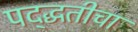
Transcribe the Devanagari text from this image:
पद्द्धतीचा